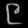
Digit: ၉